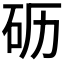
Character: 𰦦